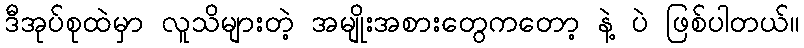
ဒီအုပ်စုထဲမှာ လူသိများတဲ့ အမျိုးအစားတွေကတော့ နဲ့ ပဲ ဖြစ်ပါတယ်။